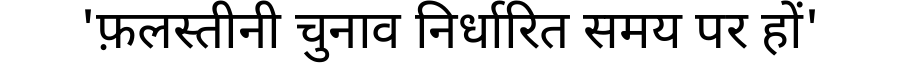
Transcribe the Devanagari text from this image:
'फ़लस्तीनी चुनाव निर्धारित समय पर हों'